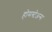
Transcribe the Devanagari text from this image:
होमस्टेअन्स